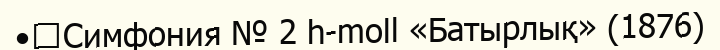
•	Симфония № 2 h-moll «Батырлық» (1876)